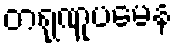
တရုဏူပမေန